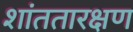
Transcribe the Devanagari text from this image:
शांततारक्षण